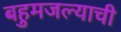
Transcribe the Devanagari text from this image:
बहुमजल्याची